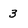
Character: 3